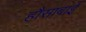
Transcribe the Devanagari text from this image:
हौसाबाई